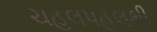
ચહલપહલથી